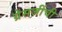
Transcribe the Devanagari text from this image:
ग्रेसजींची